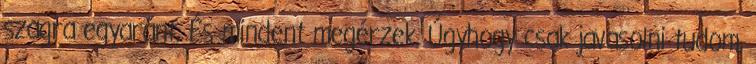
szagra egyaránt. És mindent megérzek. Úgyhogy csak javasolni tudom,